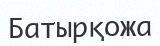
Батырқожа